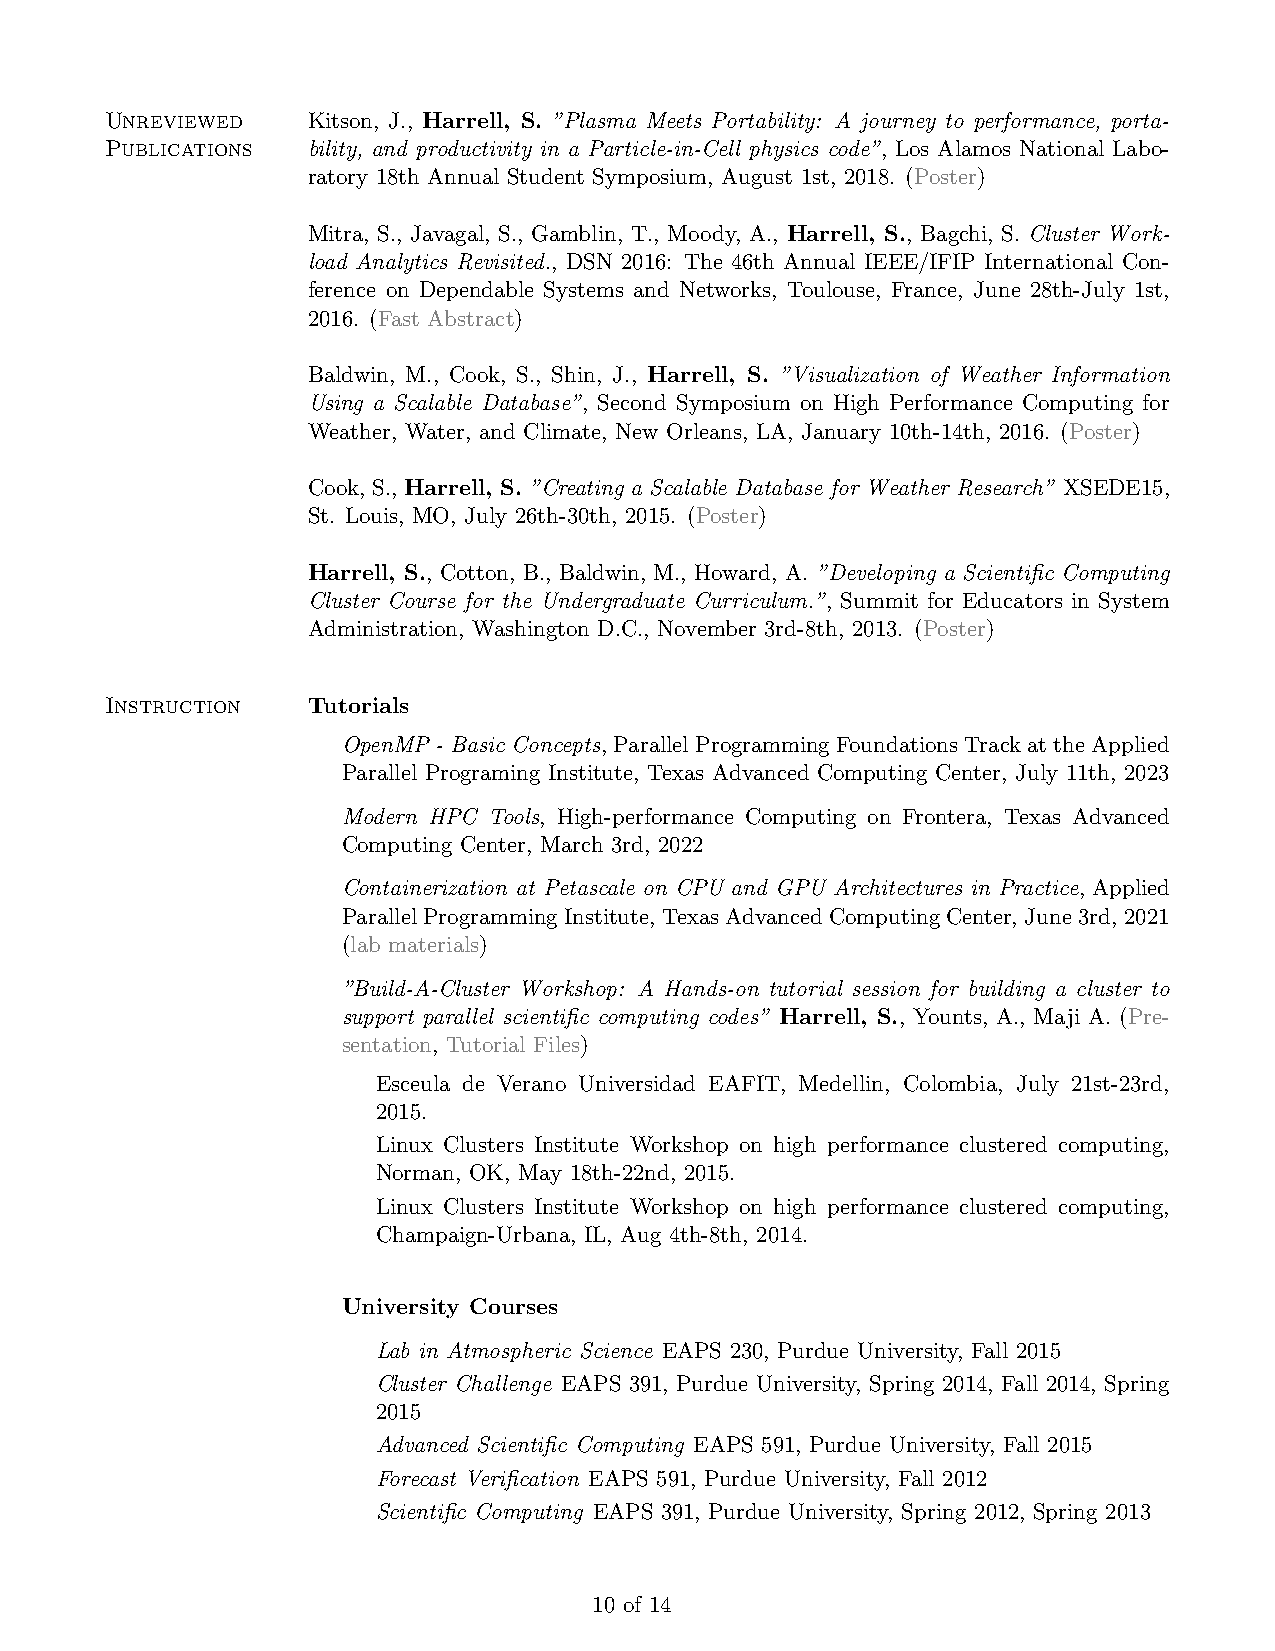
Unreviewed   Kitson, J., Harrell, S. ”Plasma Meets Portability: A journey to performance, porta-
 Publications bility, and productivity in a Particle-in-Cell physics code”, Los Alamos National Labo-
 ratory 18th Annual Student Symposium, August 1st, 2018. (Poster)
 Mitra, S., Javagal, S., Gamblin, T., Moody, A., Harrell, S., Bagchi, S. Cluster Work-
 load Analytics Revisited., DSN 2016: The 46th Annual IEEE/IFIP International Con-
 ference on Dependable Systems and Networks, Toulouse, France, June 28th-July 1st,
 2016. (Fast Abstract)
 Baldwin, M., Cook, S., Shin, J., Harrell, S. ”Visualization of Weather Information
 Using a Scalable Database”, Second Symposium on High Performance Computing for
 Weather, Water, and Climate, New Orleans, LA, January 10th-14th, 2016. (Poster)
 Cook, S., Harrell, S. ”Creating a Scalable Database for Weather Research” XSEDE15,
 St. Louis, MO, July 26th-30th, 2015. (Poster)
 Harrell, S., Cotton, B., Baldwin, M., Howard, A. ”Developing a Scientific Computing
 Cluster Course for the Undergraduate Curriculum.”, Summit for Educators in System
 Administration, Washington D.C., November 3rd-8th, 2013. (Poster)
 Instruction  Tutorials
 OpenMP - Basic Concepts, Parallel Programming Foundations Track at the Applied
 Parallel Programing Institute, Texas Advanced Computing Center, July 11th, 2023
 Modern HPC Tools, High-performance Computing on Frontera, Texas Advanced
 Computing Center, March 3rd, 2022
 Containerization at Petascale on CPU and GPU Architectures in Practice, Applied
 ParallelProgrammingInstitute, TexasAdvancedComputingCenter, June3rd, 2021
 (lab materials)
 ”Build-A-Cluster Workshop: A Hands-on tutorial session for building a cluster to
 support parallel scientific computing codes” Harrell, S., Younts, A., Maji A. (Pre-
 sentation, Tutorial Files)
 Esceula de Verano Universidad EAFIT, Medellin, Colombia, July 21st-23rd,
 2015.
 Linux Clusters Institute Workshop on high performance clustered computing,
 Norman, OK, May 18th-22nd, 2015.
 Linux Clusters Institute Workshop on high performance clustered computing,
 Champaign-Urbana, IL, Aug 4th-8th, 2014.
 University Courses
 Lab in Atmospheric Science EAPS 230, Purdue University, Fall 2015
 Cluster Challenge EAPS 391, Purdue University, Spring 2014, Fall 2014, Spring
 2015
 Advanced Scientific Computing EAPS 591, Purdue University, Fall 2015
 Forecast Verification EAPS 591, Purdue University, Fall 2012
 Scientific Computing EAPS 391, Purdue University, Spring 2012, Spring 2013
 10 of 14